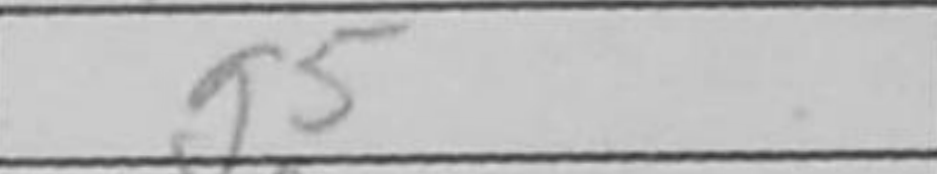
Transcription: g5